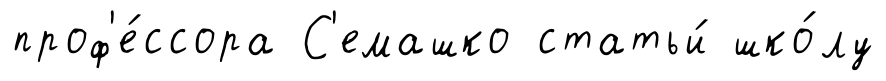
проф'е́ссора С'емашко статьи́ шко́лу